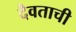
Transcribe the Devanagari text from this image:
दैवताची